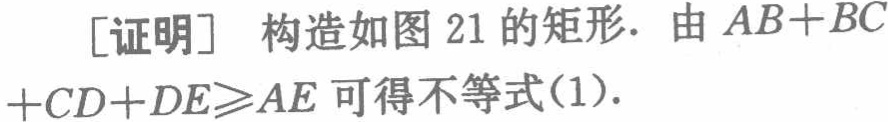
[证明] 构造如图 21 的矩形. 由 \(AB + BC+CD + DE\geqslant AE\) 可得不等式(1).